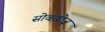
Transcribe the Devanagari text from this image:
सोवख़ोज़